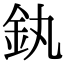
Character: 釻